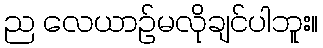
ည လေယာဉ်မလိုချင်ပါဘူး။